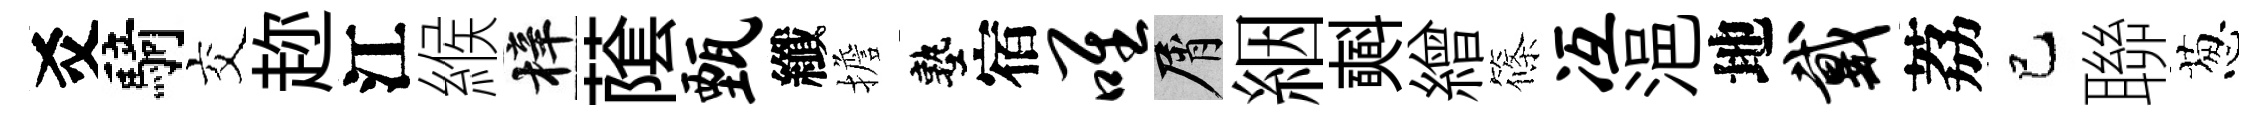
爻騎交趂江緱梓䕃甄纖擔塾宿唯屑絪𣂏繒篠冱浥地戴荔巳聯葱